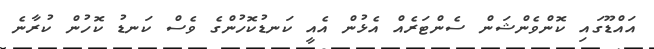
އައްޑޫގައި ކޮންވެންޝަން ސެންޓަރެއް އެޅުން އެއީ ކަނޑުކޮހުންގެ ވެސް ކަނޑު ކޮހުން ކުރާނެ